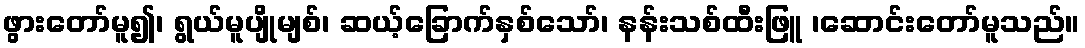
ဖွားတော်မူ၍၊ ရွယ်မူပျိုမျစ်၊ ဆယ့်ခြောက်နှစ်သော်၊ နန်းသစ်ထီးဖြူ ၊ဆောင်းတော်မူသည်။